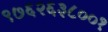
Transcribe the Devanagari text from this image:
९७६२६३८००१